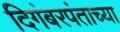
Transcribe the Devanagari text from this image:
दिगंबरपंताच्या